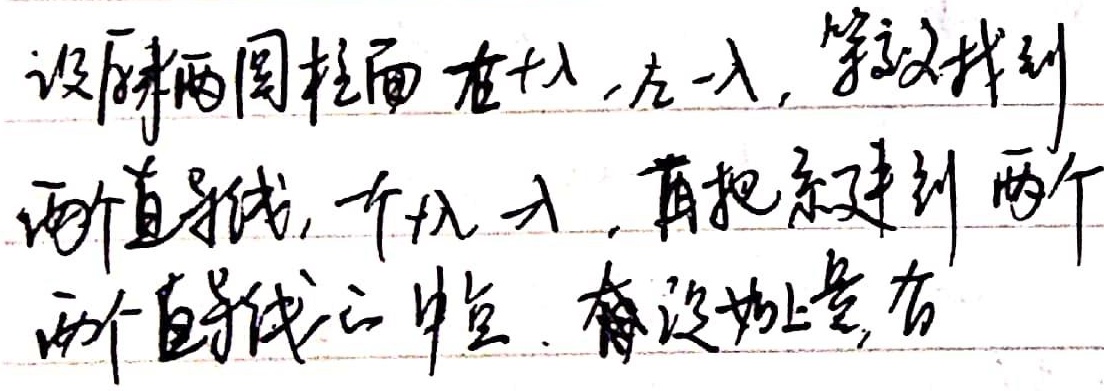
设原来两圆柱面，一个带电荷线密度为\(+\lambda\)，另一个带电荷线密度为\(-\lambda\)。等效找到两个直导线，一个带电荷线密度为\(+\lambda\) 。再把系统移到两个直导线的中点。设有轴上点，有